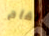
لقاح